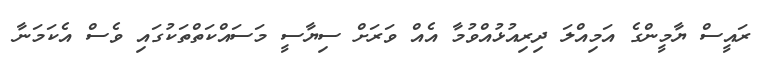
ރައީސް ޔާމީންގެ އަމިއްލަ ދިރިއުޅުއްވުމާ އެއް ވަރަށް ސިޔާސީ މަސައްކަތްތަކުގައި ވެސް އެކަމަނާ